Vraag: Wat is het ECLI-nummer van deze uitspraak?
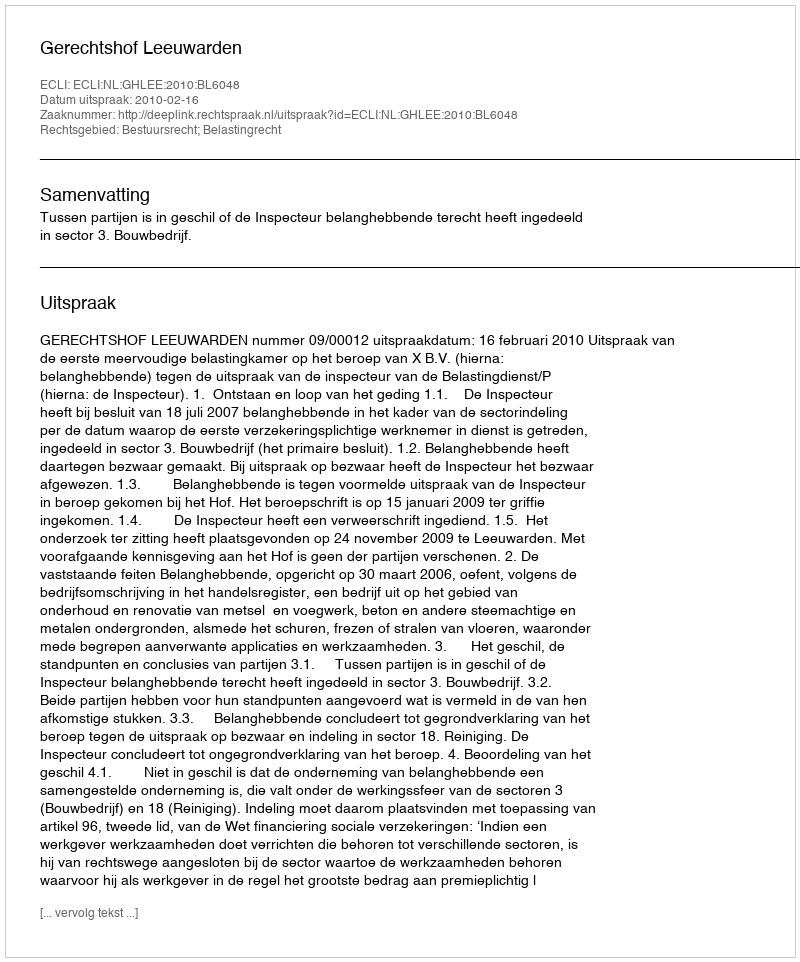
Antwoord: ECLI:NL:GHLEE:2010:BL6048